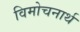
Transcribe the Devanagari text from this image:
विमोचनार्थ